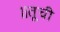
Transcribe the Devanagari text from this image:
॥तूची